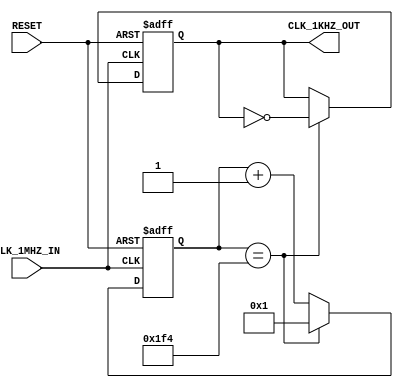
///////////////////////////////////////////////////////////////////////////////////////////////////
// Company: <ELSA>
//
//
// Description: Turns 1MHZ clock into 1kHZ clock
//
// Targeted device: <Family::ProASIC3L> <Die::A3PE3000L> <Package::484 FBGA>
//
/////////////////////////////////////////////////////////////////////////////////////////////////// 

module clock_div_1MHZ_1KHZ(CLK_1MHZ_IN,RESET,CLK_1KHZ_OUT);
input CLK_1MHZ_IN;
input RESET;
output CLK_1KHZ_OUT;
wire CLK_1KHZ_OUT;

reg [16:0] counter;
reg clk_out;
parameter factor=1000;
assign CLK_1KHZ_OUT = clk_out;
always @(posedge CLK_1MHZ_IN or negedge RESET)
begin
    if (RESET==1'b0) begin
        clk_out<=1;
        counter<=1;
    end else if (counter == factor/2) begin
        clk_out <= ~clk_out;
        counter <=1;
    end else begin
        counter <= counter+1;
    end
    
end


endmodule